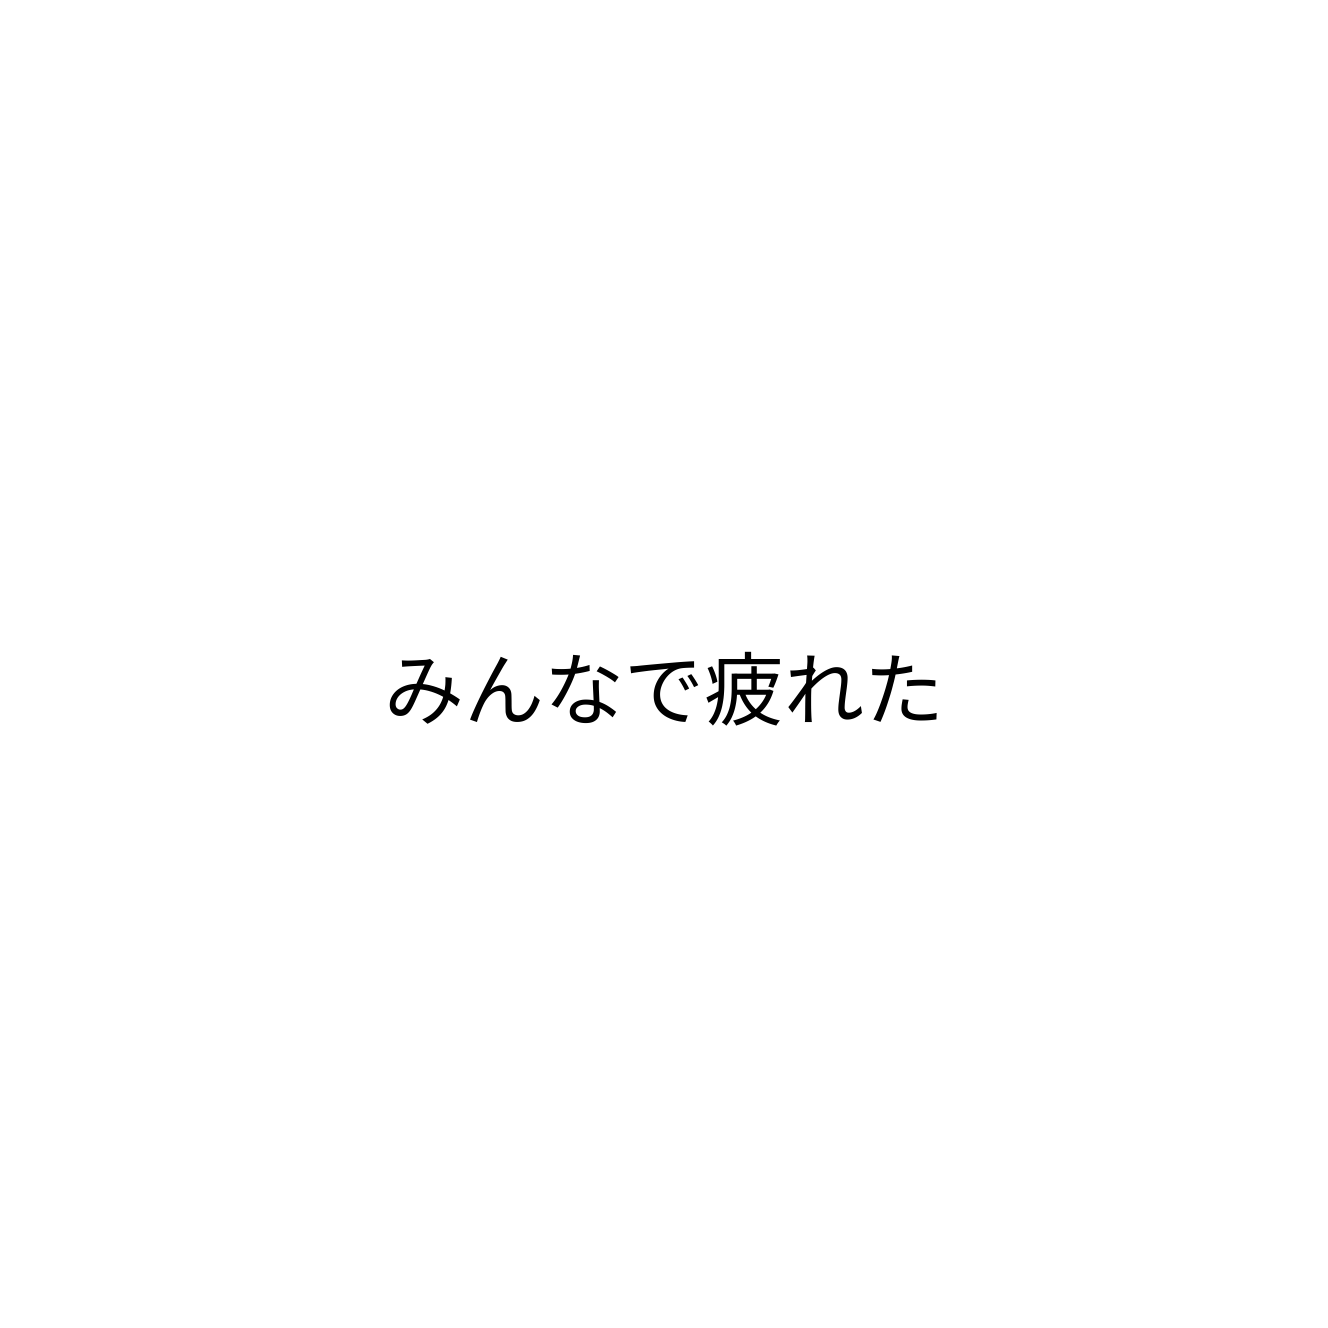
みんなで疲れた